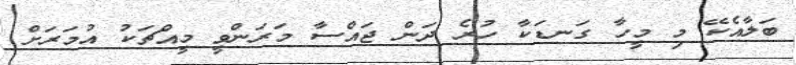
ބަލާއެކޭ މި މީހާ ގަނޑަކާ ހުރެ ދަން ޖައްސާ މަރަންވީ މީއްޗަކު އުމަރަށް